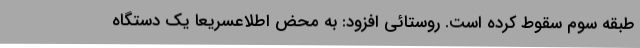
طبقه سوم سقوط کرده است. روستائی افزود: به محض اطلاعسریعاً یک دستگاه